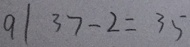
9 \vert 3 7 - 2 = 3 5